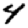
Digit: 4